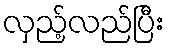
လှည့်လည်ပြီး